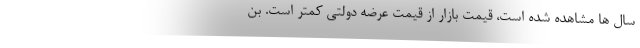
سال ها مشاهده شده است، قیمت بازار از قیمت عرضه دولتی کمتر است. بن